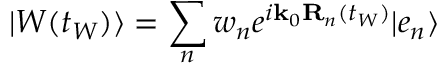
\vert W ( t _ { W } ) \rangle = \sum _ { n } w _ { n } e ^ { i \mathbf { k } _ { 0 } \mathbf { R } _ { n } ( t _ { W } ) } \vert e _ { n } \rangle